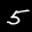
Label: 5